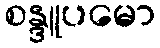
စန္ဒူပမော